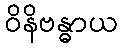
ဝိနိဗန္ဓာယ